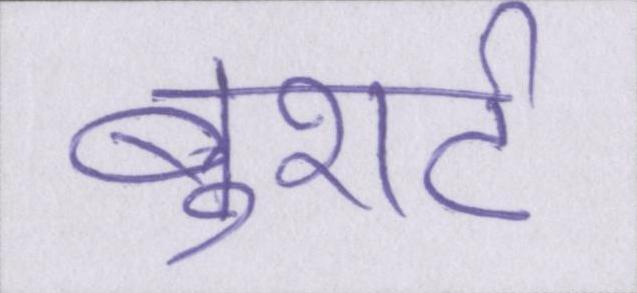
बुशर्ट